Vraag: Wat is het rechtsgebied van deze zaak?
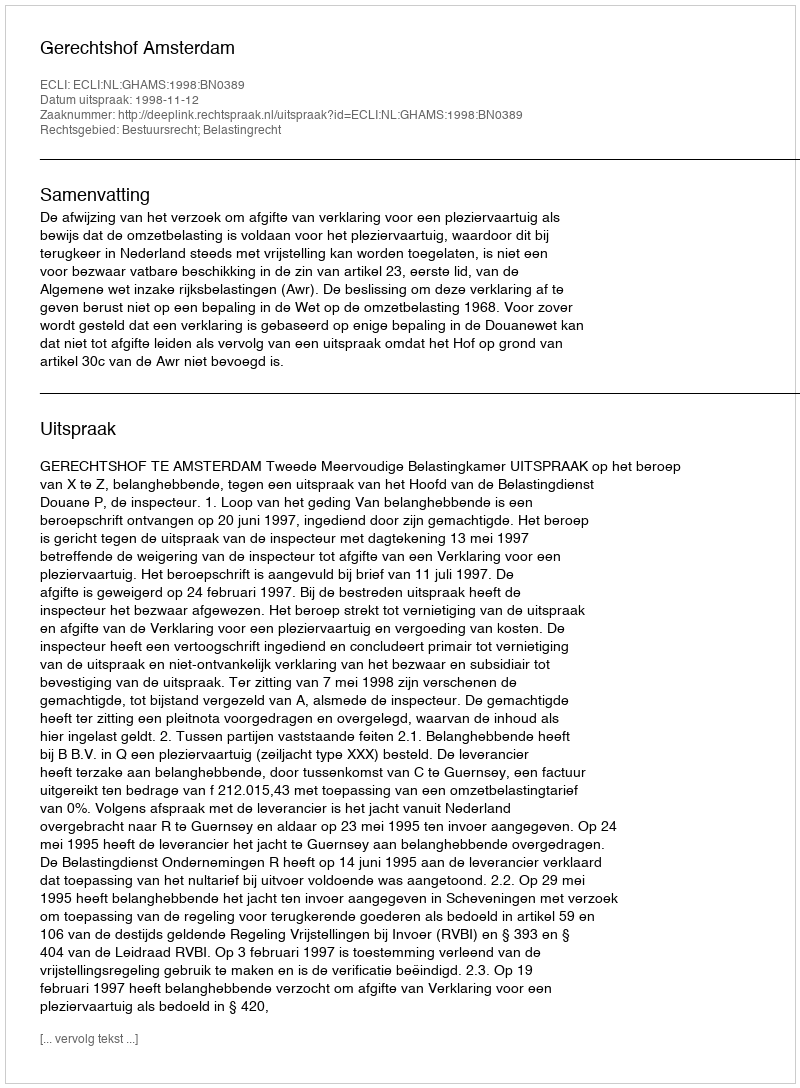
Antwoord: Bestuursrecht; Belastingrecht